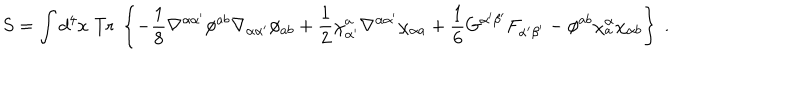
LaTeX: S = \int d ^ { 4 } x \; \mathrm { T r } \; \left\{ - { \frac { 1 } { 8 } } \nabla ^ { \alpha \alpha ^ { \prime } } \phi ^ { a b } \nabla _ { \alpha \alpha ^ { \prime } } \phi _ { a b } + { \frac { 1 } { 2 } } \chi _ { \alpha ^ { \prime } } ^ { a } \nabla ^ { \alpha \alpha ^ { \prime } } \chi _ { \alpha a } + { \frac { 1 } { 6 } } G ^ { \alpha ^ { \prime } \beta ^ { \prime } } F _ { \alpha ^ { \prime } \beta ^ { \prime } } - \phi ^ { a b } \chi _ { a } ^ { \alpha } \chi _ { \alpha b } \right\} \ .